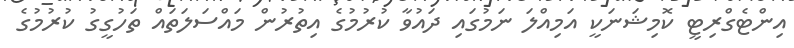
އިންޓެގްރިޓީ ކޮމިޝަނަކީ އަމިއްލަ ނަމުގައި ދައުވާ ކުރުމުގެ އިތުރުން މައްސަލަތައް ތަހުގީގު ކުރުމުގެ